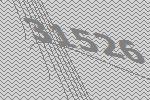
31526